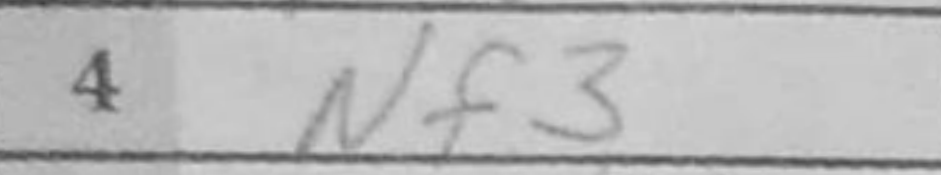
Transcription: Nf3